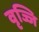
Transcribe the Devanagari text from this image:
वृज्जि